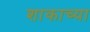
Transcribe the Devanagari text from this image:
शाकाच्या